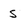
Character: s